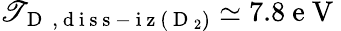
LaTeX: \mathscr{T}_{\mathrm{{~D~}}\mathrm{{~,~d~i~s~s~-~i~z~}}\left(\mathrm{{~D~}}_{2}\right)}\simeq7.8\mathrm{{~e~V~}}